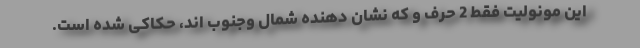
این مونولیت فقط 2 حرف و که نشان دهنده شمال و‌جنوب اند، حکاکی شده است.